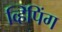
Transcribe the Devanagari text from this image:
व्हिपिंग